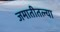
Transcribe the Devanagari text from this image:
जमातीतल्या